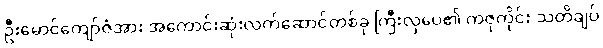
ဦးမောင်ကျော်ဇံအား အကောင်းဆုံးလက်ဆောင်တစ်ခု ကြီးလှပေ၏ ကဇုကိုင်း သတိချပ်